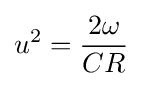
u^{2}={\frac {2\omega }{CR}}